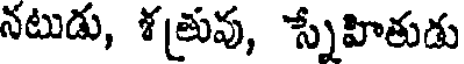
నటుడు, శత్రువు, స్నేహితుడు